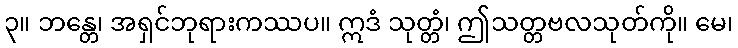
၃။ ဘန္တေ၊ အရှင်ဘုရားကဿပ။ ဣဒံ သုတ္တံ၊ ဤသတ္တဗလသုတ်ကို။ မေ၊